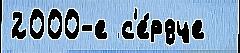
2000-е с'е́рдце